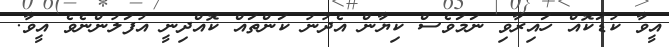
އީވާ ކުޑަކޮއް ހައިރާވި ނަމަވެސް ކިޔާން އެދުނު ކަންތައް ކޮއްދިނީ އުފަލުންނެވެ އީވާ.